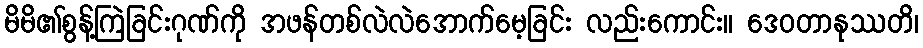
မိမိ၏စွန့်ကြဲခြင်းဂုဏ်ကို အဖန်တစ်လဲလဲအောက်မေ့ခြင်း လည်းကောင်း။ ဒေဝတာနုဿတိ၊